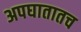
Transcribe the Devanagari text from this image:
अपघातातच